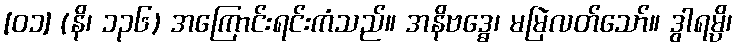
[၀၁] (နိ၊ ၁၃၆) အကြောင်းရင်းကံသည်။ အနိဗဒ္ဓေ၊ မမြဲလတ်သော်။ ဒွါရမ္ပိ၊